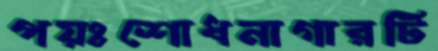
পয়ঃশোধনাগারটি